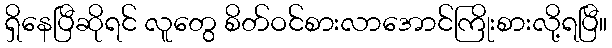
ရှိနေပြီဆိုရင် လူတွေ စိတ်ဝင်စားလာအောင်ကြိုးစားလို့ရပြီ။